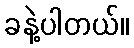
ခနဲ့ပါတယ်။